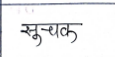
मजकूर: सुचक